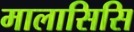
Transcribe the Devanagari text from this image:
मालासिसि